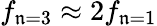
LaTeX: f_{\mathfrak{n}=3}\approx2f_{\mathfrak{n}=1}